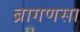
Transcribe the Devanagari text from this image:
ब्रागणसा